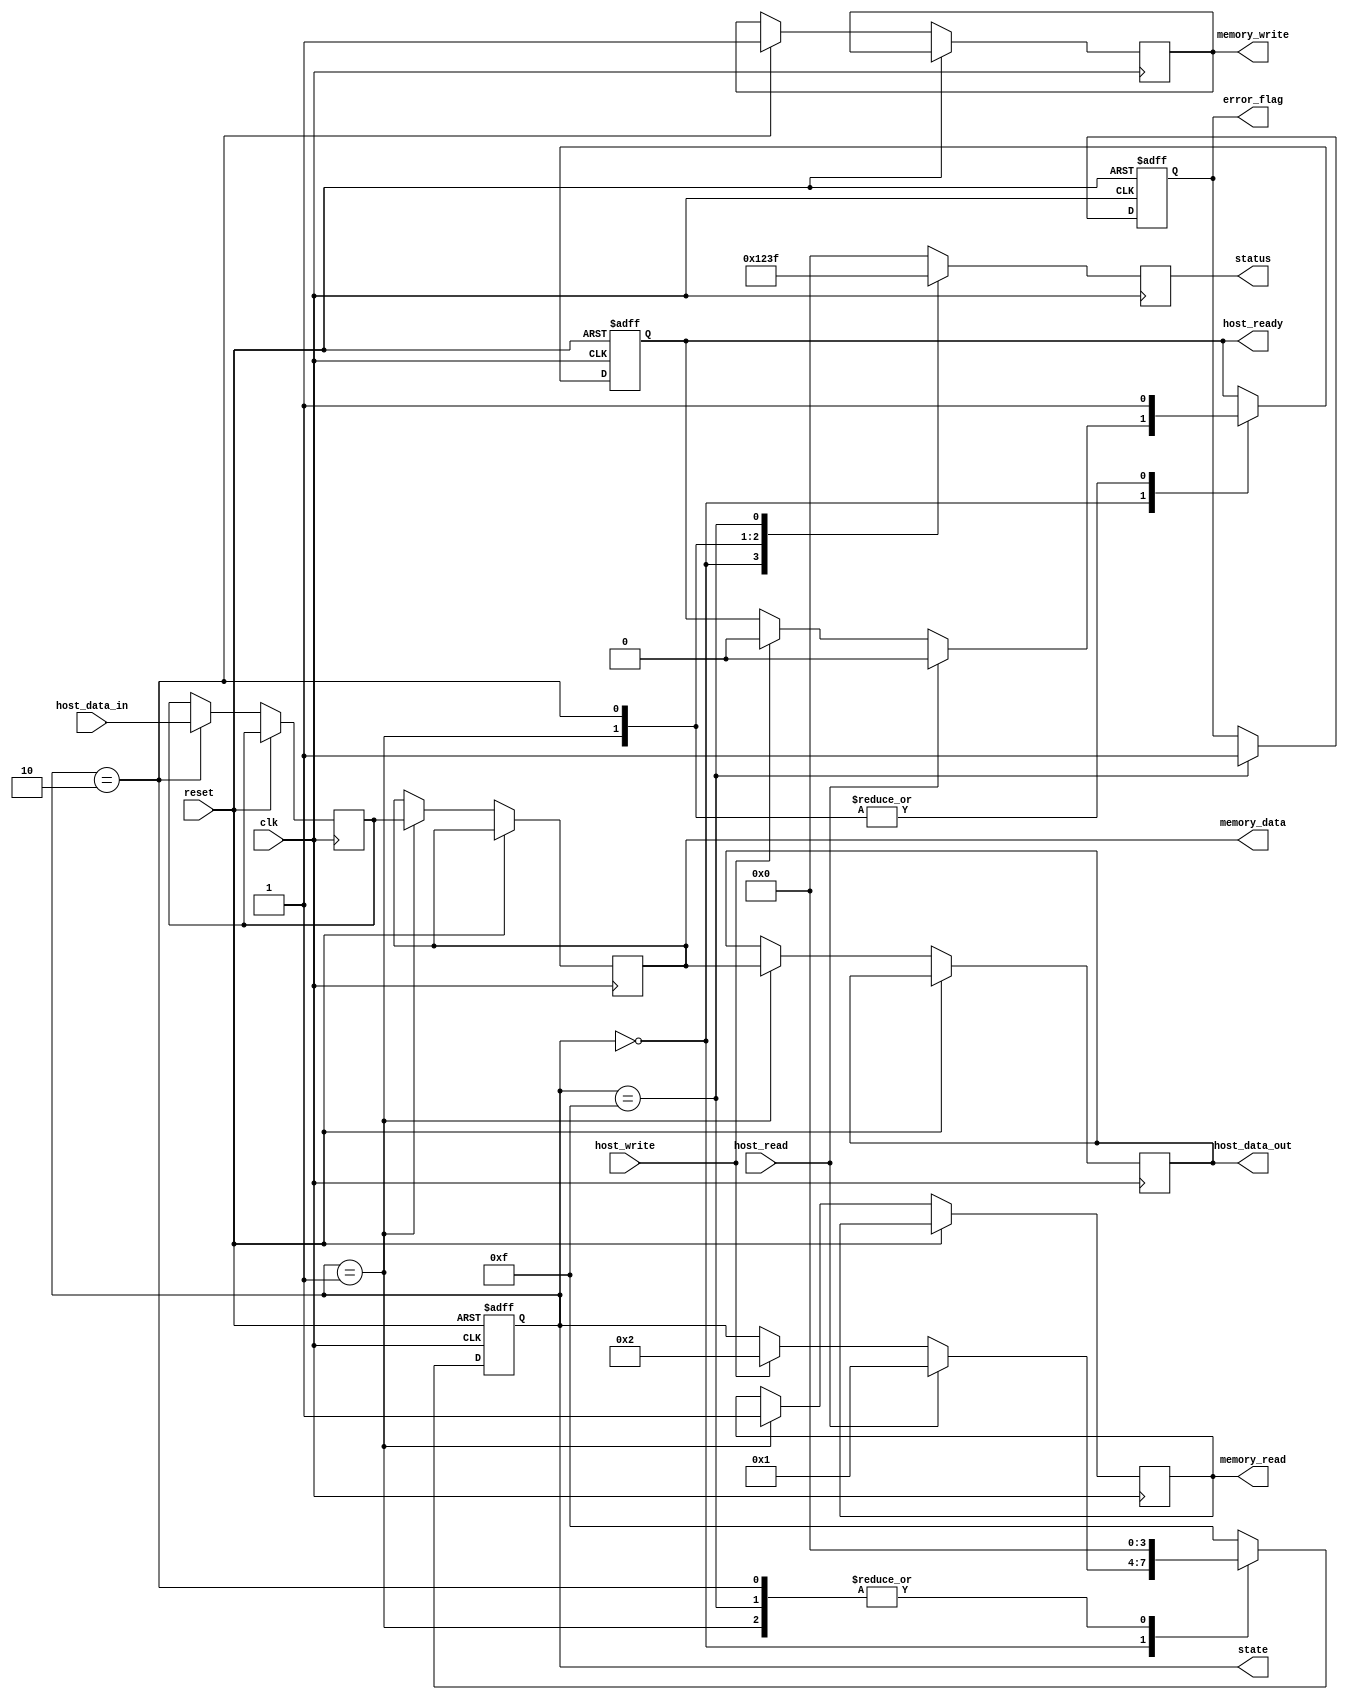
module io_block_ssd (
    input wire clk,
    input wire reset,
    input wire [31:0] host_data_in,
    output reg [31:0] host_data_out,
    input wire host_read,
    input wire host_write,
    output reg host_ready,
    output reg error_flag,
    output reg [3:0] status,
    output reg [31:0] memory_data,
    output reg memory_read,
    output reg memory_write,
    output reg [3:0] state
);

// State Definitions
localparam IDLE      = 4'b0000;
localparam READING   = 4'b0001;
localparam WRITING   = 4'b0010;
localparam ERROR     = 4'b1111;

// Internal Signals
reg [31:0] data_buffer;
reg [3:0] command;

// State Machine
always @(posedge clk or posedge reset) begin
    if (reset) begin
        state <= IDLE;
        host_ready <= 1'b1;
        error_flag <= 1'b0;
    end else begin
        case (state)
            IDLE: begin
                if (host_read) begin
                    state <= READING;
                    host_ready <= 1'b0;
                end else if (host_write) begin
                    state <= WRITING;
                    host_ready <= 1'b0;
                end
            end
            
            READING: begin
                memory_read <= 1'b1; // Trigger memory read
                memory_data <= data_buffer; // Simulate data read
                host_data_out <= memory_data; // Send data to host
                state <= IDLE; // Return to idle after read
                host_ready <= 1'b1;
            end
            
            WRITING: begin
                data_buffer <= host_data_in; // Store incoming data
                memory_write <= 1'b1; // Trigger memory write
                state <= IDLE; // Return to idle after write
                host_ready <= 1'b1;
            end
            
            ERROR: begin
                // Handle error state
                error_flag <= 1'b1;
                state <= IDLE; // Return to idle after error
            end
            
            default: state <= ERROR; // Default to error state
        endcase
    end
end

// Status Register Logic
always @(posedge clk) begin
    case (state)
        IDLE: status <= 4'b0001; // Idle status
        READING: status <= 4'b0010; // Reading status
        WRITING: status <= 4'b0011; // Writing status
        ERROR: status <= 4'b1111; // Error status
        default: status <= 4'b0000; // Unknown status
    endcase
end

endmodule